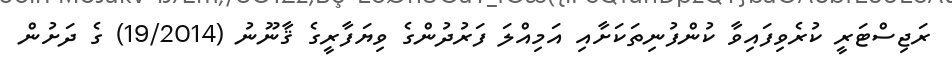
ރަޖިސްޓަރީ ކުރެވިފައިވާ ކުންފުނިތަކަށާއި އަމިއްލަ ފަރުދުންގެ ވިޔަފާރީގެ ޤާނޫނު (19/2014) ގެ ދަށުން